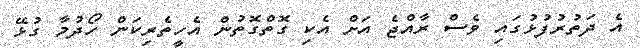
އެ ދަތުރުފުޅުގައި ވެސް ރާއްޖެ އަށް އެކި ގޮތްގޮތުން އެހީތެރިކަން ހޯދުމާ ގުޅޭ